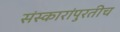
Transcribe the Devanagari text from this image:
संस्कारांपुरतीच